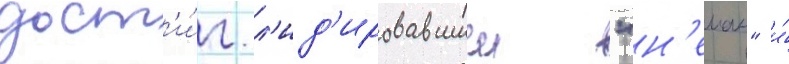
дост'и́г л'ид'ировавшии "н'еман" и́